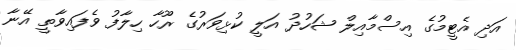
އަދި އެޓީމުގެ އިސްމާއިލް ޝަހުދު އަލީ ކުޅިވަރުގެ ރޫހާ ހިލާފު ވެފައިވާތީ އޭނާ